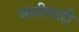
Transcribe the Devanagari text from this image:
जातीचाही